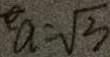
a = \sqrt { 3 }